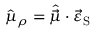
\hat { \mu } _ { \rho } = \hat { \vec { \mu } } \cdot \vec { \varepsilon } _ { \mathrm { S } }